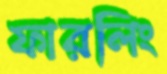
ফারলিং